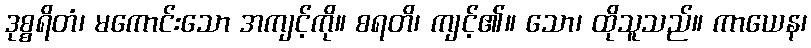
ဒုစ္စရိတံ၊ မကောင်းသော အကျင့်ကို။ စရတိ၊ ကျင့်၏။ သော၊ ထိုသူသည်။ ကာယေန၊